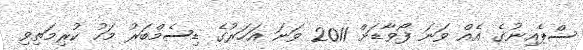
ސްޕެއިނުގެ އެއް ވަނަ ފޯވާޑަށް 2011 ވަނަ އަހަރުގެ ޑިސެމްބަރު މަހު ކުރިމަތިވި